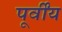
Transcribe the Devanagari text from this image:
पूर्वींय